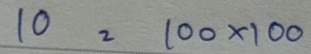
10 = 100 x 100